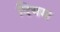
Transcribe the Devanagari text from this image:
दियम